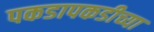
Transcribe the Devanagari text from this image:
पकडापकडीच्या